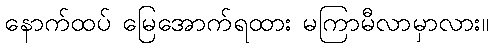
နောက်ထပ် မြေအောက်ရထား မကြာမီလာမှာလား။